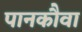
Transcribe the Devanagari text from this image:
पानकौवा